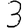
Digit: 3